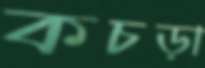
কচড়া